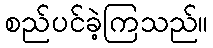
စည်ပင်ခဲ့ကြသည်။